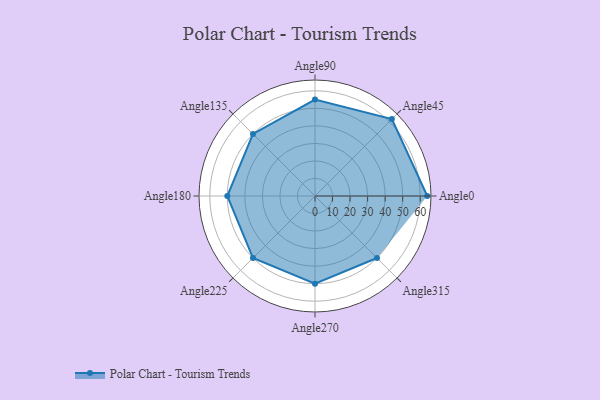
{"axis": {"x": "Angle", "y": "Radius"}, "legend": [""], "data": [{"x": "Angle0", "y": 64.0, "type": ""}, {"x": "Angle45", "y": 62.0, "type": ""}, {"x": "Angle90", "y": 55.0, "type": ""}, {"x": "Angle135", "y": 50, "type": ""}, {"x": "Angle180", "y": 50, "type": ""}, {"x": "Angle225", "y": 50, "type": ""}, {"x": "Angle270", "y": 50, "type": ""}, {"x": "Angle315", "y": 50, "type": ""}]}